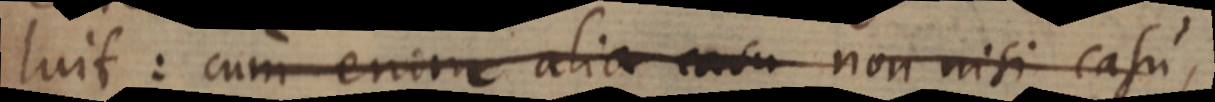
luit: cum enim alia casu non nisi casu,